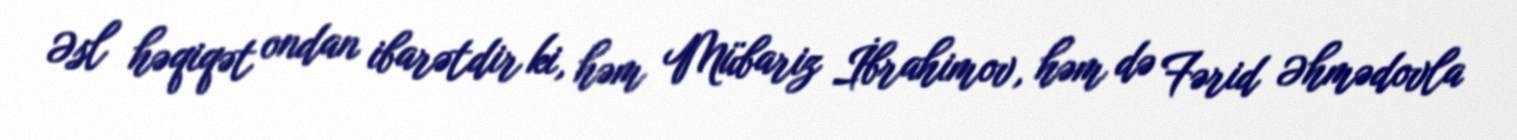
Əsl həqiqət ondan ibarətdir ki, həm Mübariz İbrahimov, həm də Fərid Əhmədovla